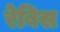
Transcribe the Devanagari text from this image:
रेबिस